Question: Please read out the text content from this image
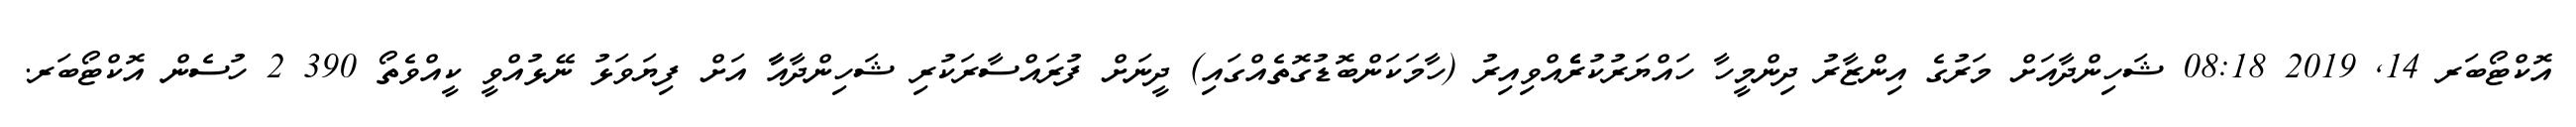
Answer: އޮކްޓޯބަރ 14, 2019 08:18 ޝަހިންދާއަށް މަރުގެ އިންޒާރު ދިންމީހާ ހައްޔަރުކުރެެެެެއްވިއިރު (ހާމަކަންބޮޑުގޮތެއްގައި) ދީނަށް ފުރައްސާރަކުރި ޝަހިންދާއާާ އަށް ފިޔަވަޅު ނޭޅުއްވީ ކީއްވެތޯ 390 2 ހުސެން އޮކްޓޯބަރ.